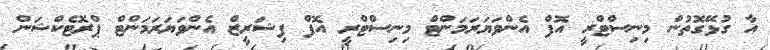
އާ ގުޅޭގޮތުން މިނިސްޓްރީ އޮފް އެންވަޔަރަމަންޓް މިނިސްޓްރީ އޮފް ފިޝަރީޒް އެންވަޔަރަމަންޓް ޕްރޮޓެކްޝަން